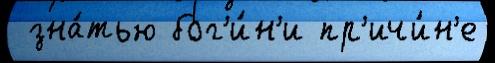
 зна́тью бог'и́н'и пр'ичи́н'е